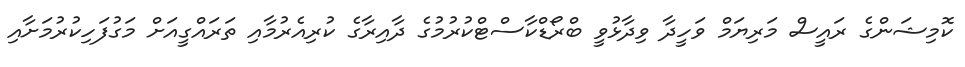
ކޮމިޝަންގެ ރައީސް މަރިޔަމް ވަހީދާ ވިދާޅުވީ ބްރޯޑްކާސްޓްކުރުމުގެ ދާއިރާގެ ކުރިއެރުމާއި ތަރައްގީއަށް މަގުފަހިކުރުމަށާއި